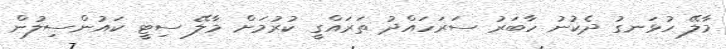
މާލޭ ހުޅަނގު ދެކުނު ހާބަރު ސަރަހައްދު ތަރައްގީ ކުރުމަށް މާލޭ ސިޓީ ކައުންސިލުން